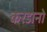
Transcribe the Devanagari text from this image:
करडानो